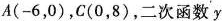
A(-6，0)，C(0，8)，二次函数y